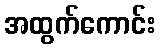
အထွက်ကောင်း